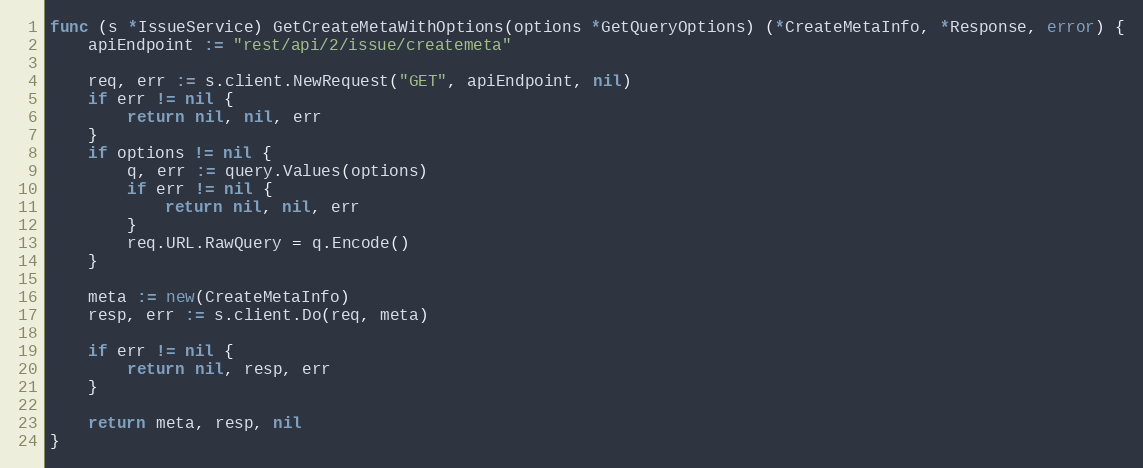
Language: Go
func (s *IssueService) GetCreateMetaWithOptions(options *GetQueryOptions) (*CreateMetaInfo, *Response, error) {
	apiEndpoint := "rest/api/2/issue/createmeta"

	req, err := s.client.NewRequest("GET", apiEndpoint, nil)
	if err != nil {
		return nil, nil, err
	}
	if options != nil {
		q, err := query.Values(options)
		if err != nil {
			return nil, nil, err
		}
		req.URL.RawQuery = q.Encode()
	}

	meta := new(CreateMetaInfo)
	resp, err := s.client.Do(req, meta)

	if err != nil {
		return nil, resp, err
	}

	return meta, resp, nil
}